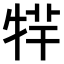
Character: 𤙢